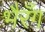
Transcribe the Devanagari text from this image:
भैरँग